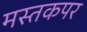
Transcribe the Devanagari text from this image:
मस्तकपर